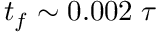
t _ { f } \sim 0 . 0 0 2 \; \tau